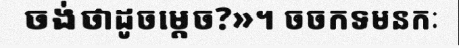
ចង់ថាដូចម្តេច?»។ ចចកទមនកៈ